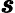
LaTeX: \pmb{s}